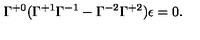
\Gamma ^ { + 0 } ( \Gamma ^ { + 1 } \Gamma ^ { - 1 } - \Gamma ^ { - 2 } \Gamma ^ { + 2 } ) \epsilon = 0 .